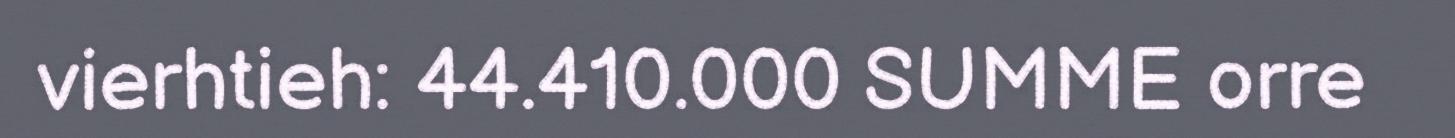
vierhtieh: 44.410.000 SUMME orre